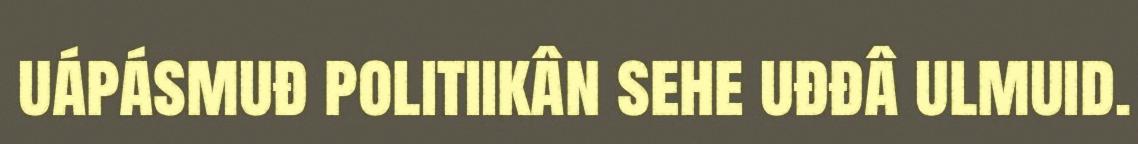
uápásmuđ politiikân sehe uđđâ ulmuid.